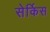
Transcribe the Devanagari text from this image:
सेर्किस